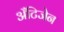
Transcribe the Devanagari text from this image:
अँटिजेन